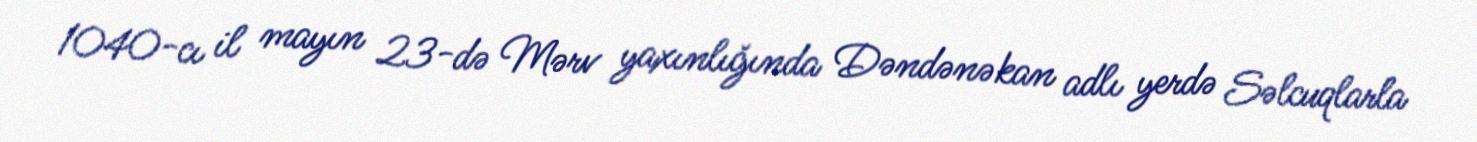
1040-cı il mayın 23-də Mərv yaxınlığında Dəndənəkan adlı yerdə Səlcuqlarla